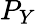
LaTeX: P_{Y}